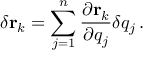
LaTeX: \delta \mathbf { r } _ { k } = \sum _ { j = 1 } ^ { n } { \frac { \partial \mathbf { r } _ { k } } { \partial q _ { j } } } \delta q _ { j } \, .